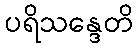
ပရိသန္ဒေတိ